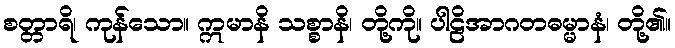
စတ္တာရိ၊ ကုန်သော။ ဣမာနိ သစ္စာနိ၊ တို့ကို။ ပါဠိအာဂတဓမ္မာနံ၊ တို့၏။